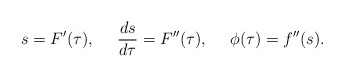
\begin{align*}s=F'(\tau),\ \ \ \ \frac{ds}{d\tau}=F''(\tau),\ \ \ \ \phi(\tau)=f''(s).\end{align*}